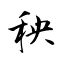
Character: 秧